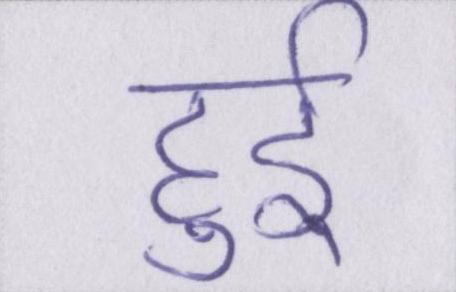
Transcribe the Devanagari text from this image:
हुर्इ